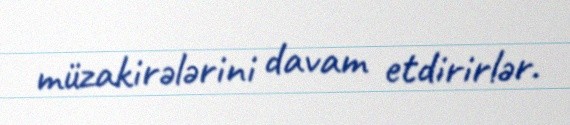
müzakirələrini davam etdirirlər.